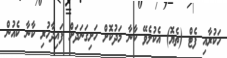
ހަކުރާއި ފެޓް (ތެޔޮ) އެކުލެވޭ ކާނާ މަދުކޮށް ހަށިގަނަދަށް ފައިދާހުރި ކާނާ ކެއުން